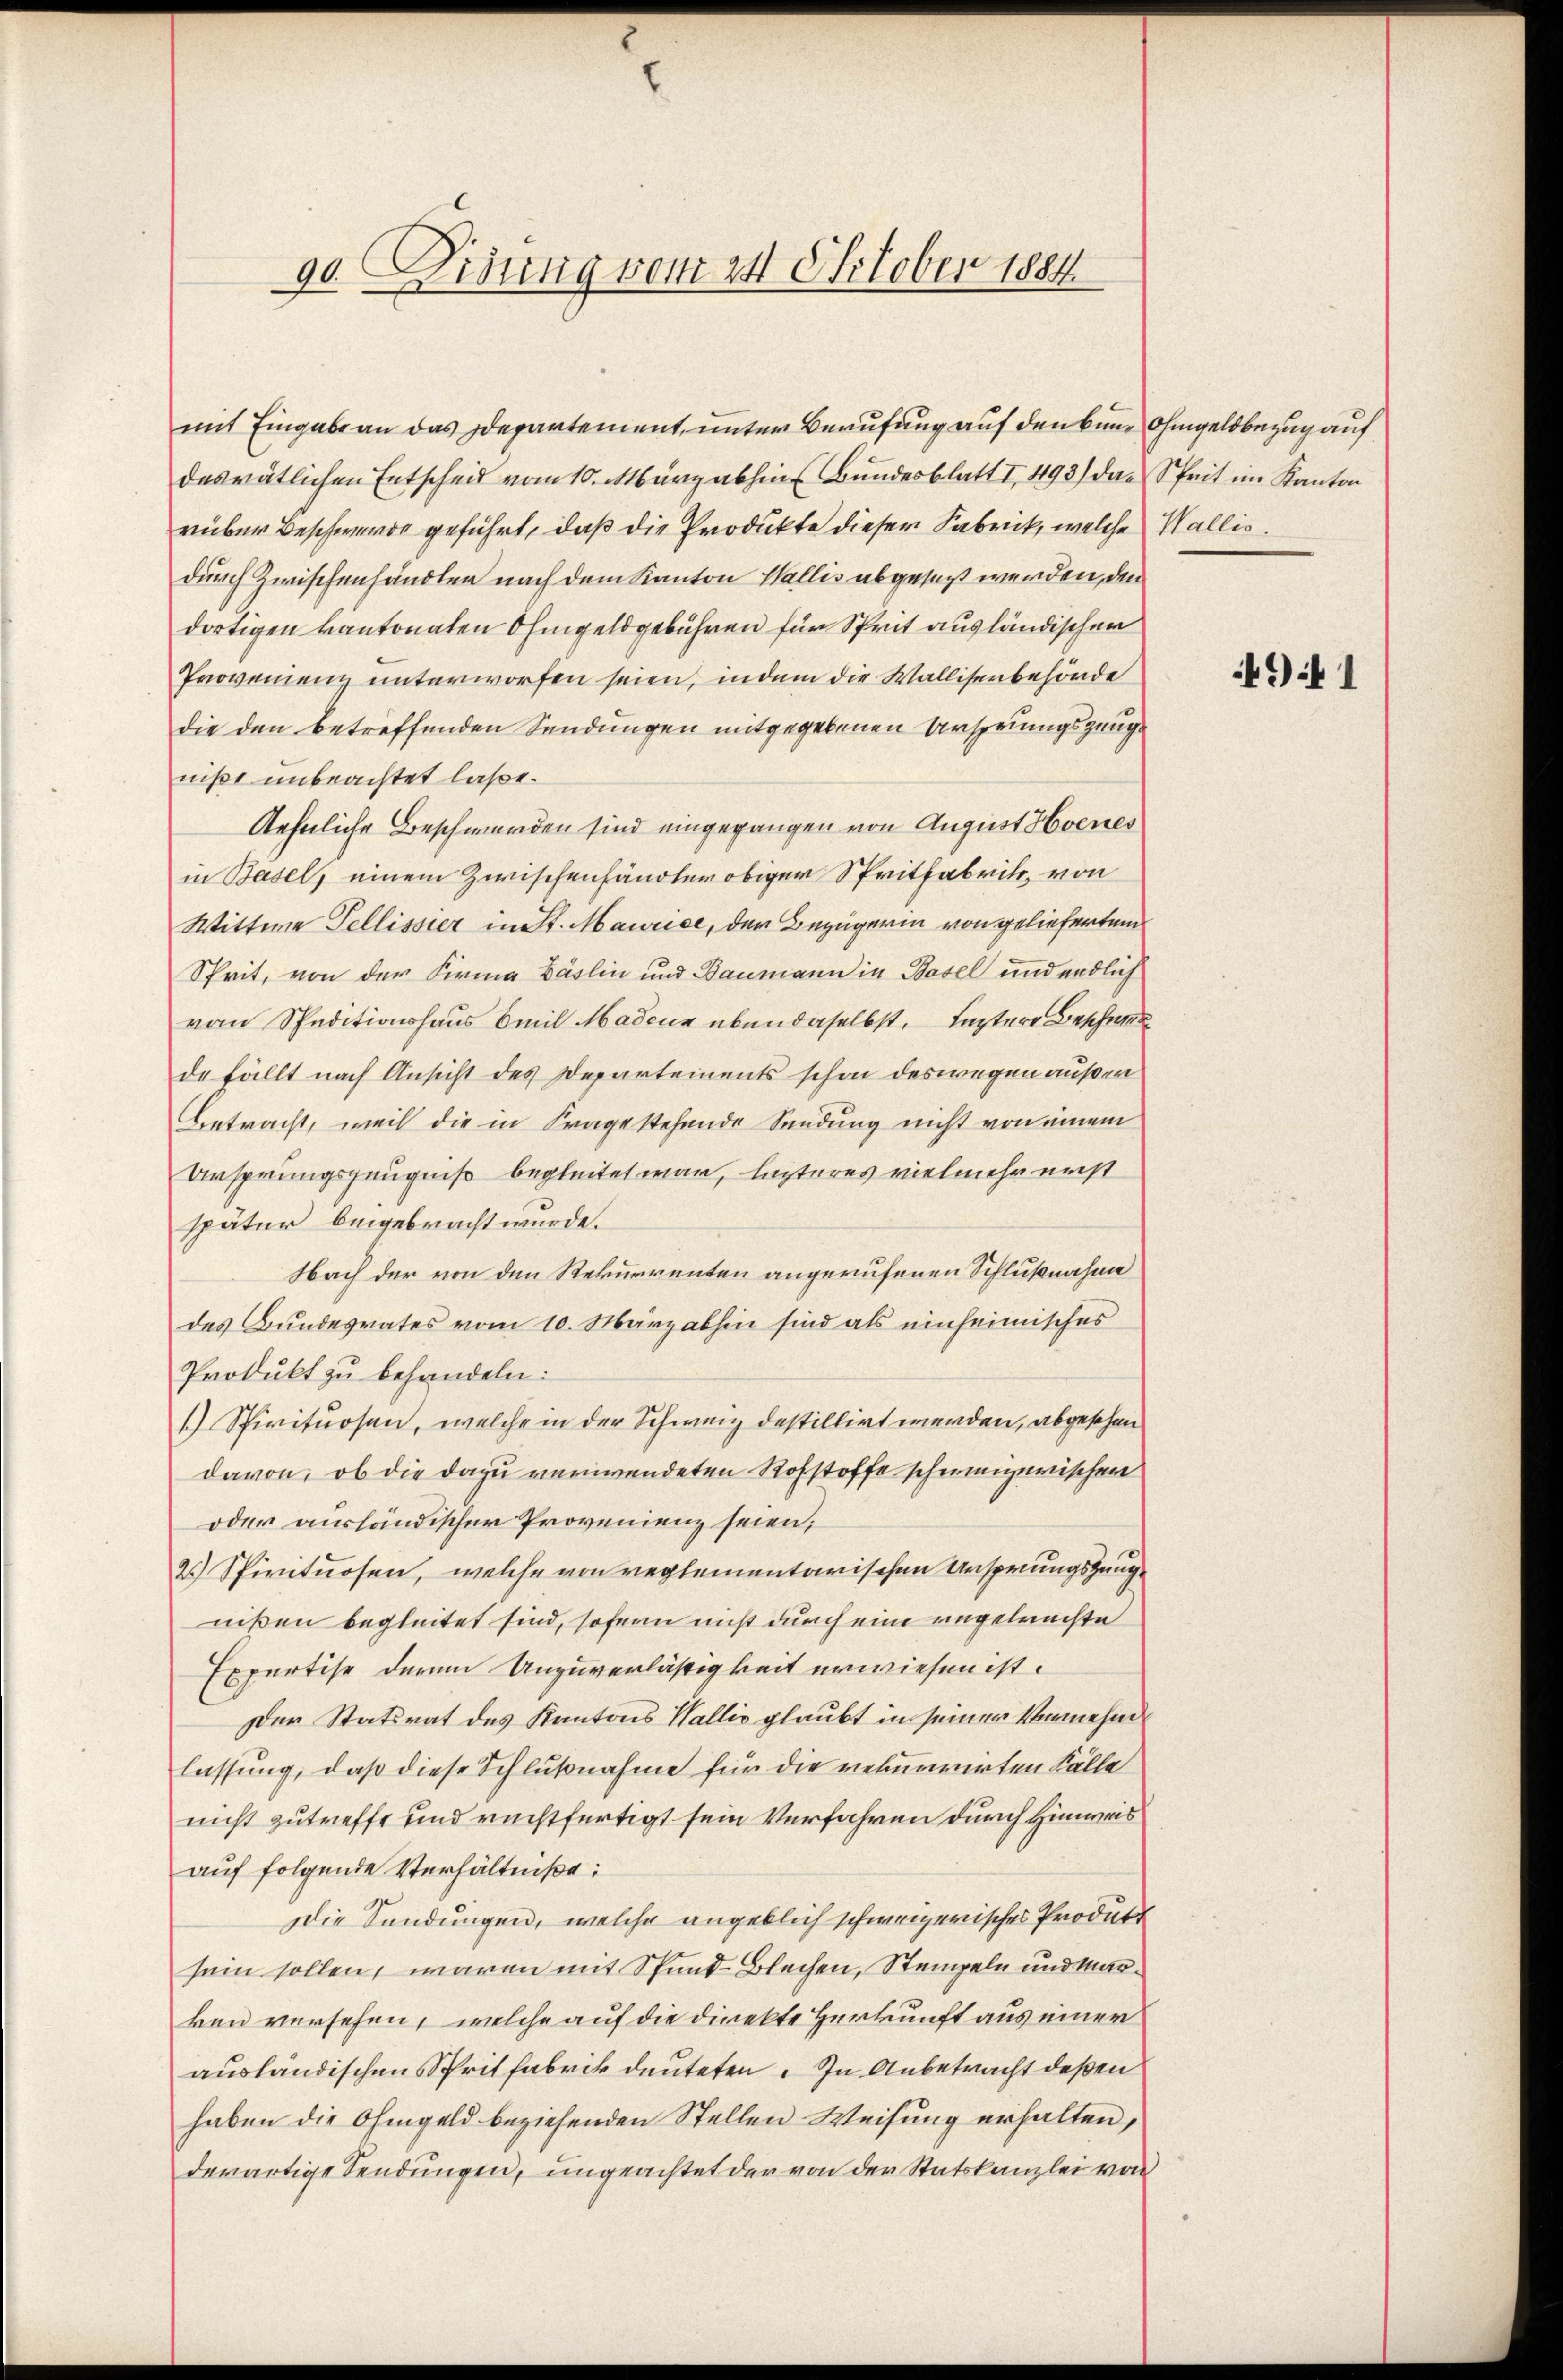
90. Didung vom 24. October 1884

mit Eingabe an das Idepartement, unter Berufung auf den bene Ohmgeldbezug auf
desvätlichen Entscheid vom 10. Aburg abhin Bundesblatt I. 493) das Sprit im Kanton
rüber Beschwerde geführt, daß die Produkte dieser Fabrick, welche Wallis.
durch Zwischenhändlen nach dem Kanton Wallis abgeset werden, den
dortigen kantonaten Ohmgeld gebühren für Sprit ausländischen
Provenienz unterworfen seien, indem die Wallisenbehörde
die den betreffenden Sendungen mitgegebenen Ursprungszeuge
nißt unbeachtet laße.
Aehnliche Beschwerden sind eingegangen von August Hoenes
in Basel, einem Zwischenhändler obiger Spritfabrik, von
Wittwe Tellisser in St. Maurice, der Bezügerin von geliefertem
Sprit, von der Firma Bäslin und Baumann in Basel und endlich
vom Speditionshaus Emil Madenz ebendaselbst, leztere Beschweil
de fällt nach Ansicht des Departements schon deswegen außer
Betracht, weil die in Fragestehende Sendung nicht von einem
Ursprungszeugniß begleitet war, leiteres vielmehr nicht
später beigebracht würde.
Nach der von den Rekurrenten angerufenen Schlußnahme
des Bundesrates vom 10. März abhin sind als einheimisches
Produkt zu behandeln:
1) Spirituosen, welche in der Schweiz destillirt werden, abgesehen
davon, ob die dazu verwendeten Rohstoffe schweizerischen
oder ausländischer Provenienz seien;
2.) Spirituosen, welche von reglementarischen Ansprungszeuge
nißen begleitet sind, sofern nicht durch eine angebrachte
Expertise derem Unzuverlässigkeit erwiesen ist.
Der Statsrat des Kantons Wallis glaubt in seiner Vernehm
lassung, daß diese Schlußnahme für die rekurrirten Fälle
nicht zutreffe und rechtfertigt sein Verfahren durch Hinweis
auf folgende Verhältniße:
Die Sendungen, welche angeblich schweizerisches Produkt
sein sollen, waren mit Spund-Blechen, Stempeln und Marken versehen, welche auf die direkte Herkunft aus einer
ausländischen Spritfabrik deuteten. In Anbetracht deßen
haben die Ohmgeld beziehenden Stellen Weisung erhalten,
derartige Sendungen, ungeachtet der von der Statskanzlei von

49 f 1